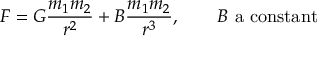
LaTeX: F = G { \frac { m _ { 1 } m _ { 2 } } { r ^ { 2 } } } + B { \frac { m _ { 1 } m _ { 2 } } { r ^ { 3 } } } , \qquad B { \mathrm { ~ a ~ c o n s t a n t } }